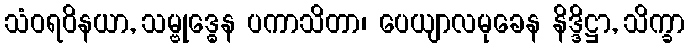
သံဝရဝိနယာ, သမ္ဗုဒ္ဓေန ပကာသိတာ၊ ပေယျာလမုခေန နိဒ္ဒိဋ္ဌာ, သိက္ခာ